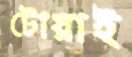
টোয়াই